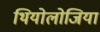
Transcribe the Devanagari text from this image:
थियोलोजिया